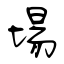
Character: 場